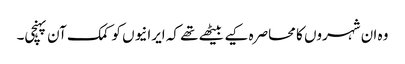
وہ ان شہروں کا محاصرہ کیے بیٹھے تھے کہ ایرانیوں کو کمک آن پہنچی۔